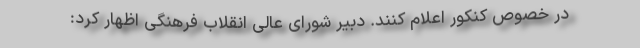
در خصوص کنکور اعلام کنند. دبیر شورای عالی انقلاب فرهنگی اظهار کرد: